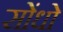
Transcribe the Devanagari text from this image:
सोंधो